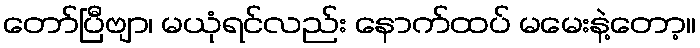
တော်ပြီဗျာ၊ မယုံရင်လည်း နောက်ထပ် မမေးနဲ့တော့။